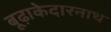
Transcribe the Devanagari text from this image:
बूढ़ाकेदारनाथ